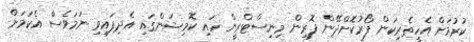
ކުރުމަށް އެހީތެރިކަން ފޯރުކޮށްދޭން ފޮރިން މިނިސްޓްރީން ހައި ކޮމިޝަންގައި އެދިފައިވި ނަމަވެސް އެކަމަށް